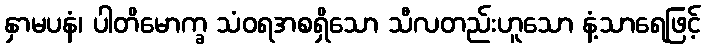
နှာမပနံ၊ ပါတိမောက္ခ သံဝရအစရှိသော သီလတည်းဟူသော နံ့သာရေဖြင့်